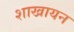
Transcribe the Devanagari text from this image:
शाखायन